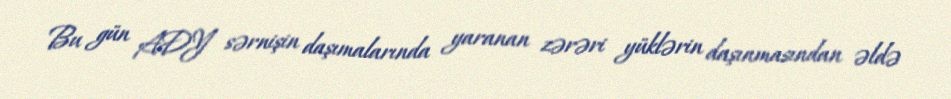
Bu gün ADY sərnişin daşımalarında yaranan zərəri yüklərin daşınmasından əldə